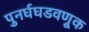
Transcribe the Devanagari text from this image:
पुनर्घघडवणूक